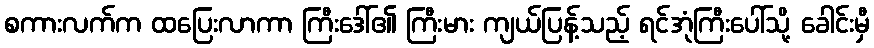
စကားလက်က ထပြေးလာကာ ကြီးဒေါ်၏ ကြီးမား ကျယ်ပြန့်သည့် ရင်အုံကြီးပေါ်သို့ ခေါင်းမှီ